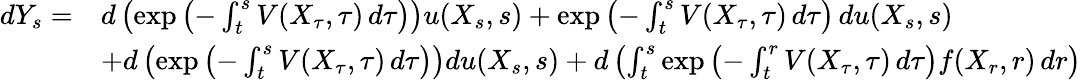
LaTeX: {\begin{array}{rl}{dY_{s}=}&{d\left(\exp\left(-\int_{t}^{s}V(X_{\tau},\tau)\, d\tau\right)\right)u(X_{s},s)+\exp\left(-\int_{t}^{s}V(X_{\tau},\tau)\, d\tau\right)\, du(X_{s},s)}\\ &{+d\left(\exp\left(-\int_{t}^{s}V(X_{\tau},\tau)\, d\tau\right)\right)du(X_{s},s)+d\left(\int_{t}^{s}\exp\left(-\int_{t}^{r}V(X_{\tau},\tau)\, d\tau\right)f(X_{r},r)\, dr\right)}\end{array}}